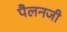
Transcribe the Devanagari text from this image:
पैलनजी